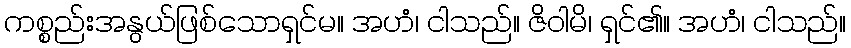
ကစ္စည်းအနွယ်ဖြစ်သောရှင်မ။ အဟံ၊ ငါသည်။ ဇိဝါမိ၊ ရှင်၏။ အဟံ၊ ငါသည်။